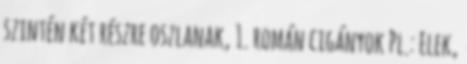
szintén két részre oszlanak, 1. román cigányok Pl.: Elek,